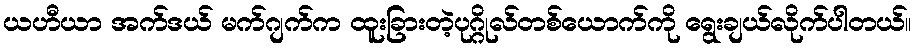
ယဟီယာ အက်ဒယ် မက်ဂျက်က ထူးခြားတဲ့ပုဂ္ဂိုလ်တစ်ယောက်ကို ရွေးချယ်လိုက်ပါတယ်။